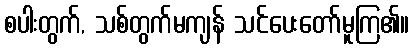
စပါးတွက်, သစ်တွက်မကျန် သင်ပေးတော်မူကြ၏။